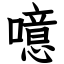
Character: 噫